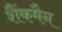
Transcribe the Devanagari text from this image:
शैंकमैन